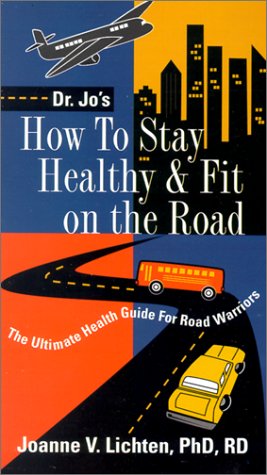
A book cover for How to Stay Healthy & Fit on the Road: The Ultimate Health Guide for Road Warriors; Joanne V. Lichten PhD; Travel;